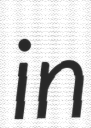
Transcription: in